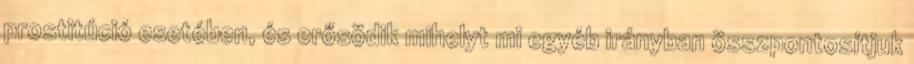
prostitúció esetében, és erősödik mihelyt mi egyéb irányban összpontosítjuk